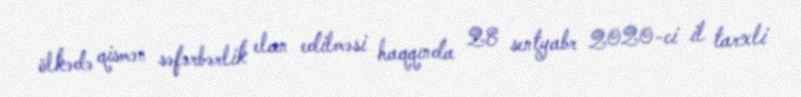
ölkədə qismən səfərbərlik elan edilməsi haqqında 28 sentyabr 2020-ci il tarxli